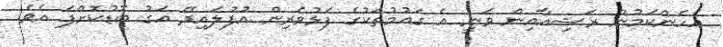
އެހެންކަމުން ރަޝިއާއިން ވަނީ އެ ގައުމުތަކުގެ ފަޅުވެރިން އުފުލައިދޭ އަގު ބޮޑުކޮށްފަ އެވެ.